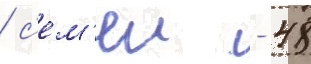
/ с'ем'еи - 48